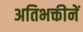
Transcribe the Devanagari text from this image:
अतिभक्तीनें